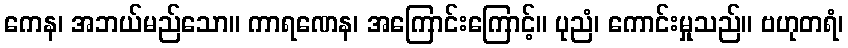
ကေန၊ အဘယ်မည်သော။ ကာရဏေန၊ အကြောင်းကြောင့်။ ပုညံ၊ ကောင်းမှုသည်။ ဗဟုတရံ၊